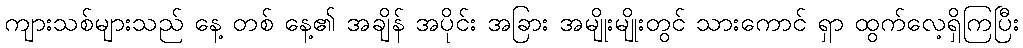
ကျားသစ်များသည် နေ့ တစ် နေ့၏ အချိန် အပိုင်း အခြား အမျိုးမျိုးတွင် သားကောင် ရှာ ထွက်လေ့ရှိကြပြီး